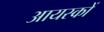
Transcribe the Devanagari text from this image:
आयस्कों